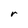
Character: r